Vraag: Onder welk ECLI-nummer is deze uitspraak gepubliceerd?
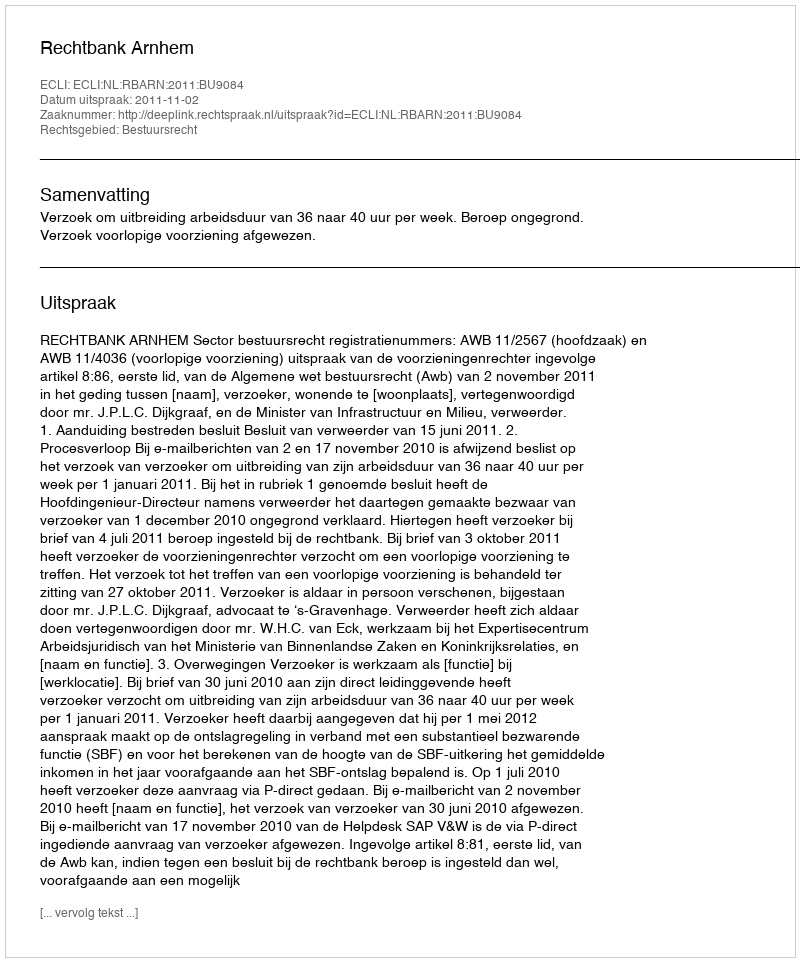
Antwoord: ECLI:NL:RBARN:2011:BU9084